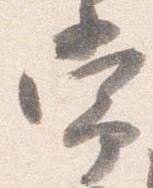
常